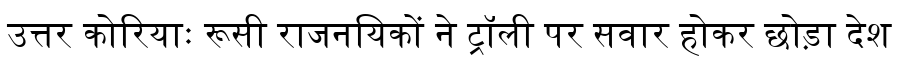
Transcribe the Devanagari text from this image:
उत्तर कोरियाः रूसी राजनयिकों ने ट्रॉली पर सवार होकर छोड़ा देश